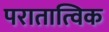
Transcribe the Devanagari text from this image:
परातात्विक